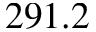
2 9 1 . 2